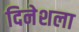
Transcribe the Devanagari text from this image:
दिनेशला